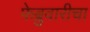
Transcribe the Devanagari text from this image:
फेब्रुवारीचा